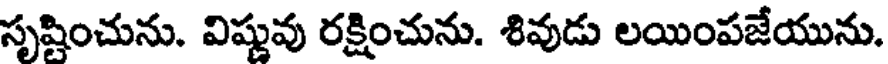
సృష్టించును. విష్ణువు రక్షించును. శివుడు లయింపజేయును.